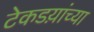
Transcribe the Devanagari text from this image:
टेकडय़ांच्या